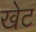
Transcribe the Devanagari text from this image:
खेट